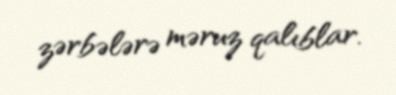
zərbələrə məruz qalıblar.